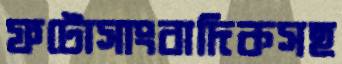
ফটোসাংবাদিকসহ